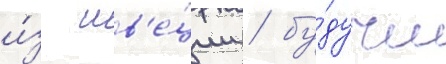
и́з шв'е́ции / бу́дучи